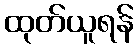
ထုတ်ယူရန်